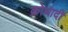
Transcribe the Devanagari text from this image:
क्रोधादी